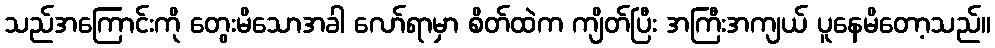
သည်အကြောင်းကို တွေးမိသောအခါ လော်ရာမှာ စိတ်ထဲက ကျိတ်ပြီး အကြီးအကျယ် ပူနေမိတော့သည်။